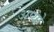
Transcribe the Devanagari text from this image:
अप्यो